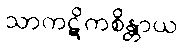
သာကဋိကစိန္တာယ